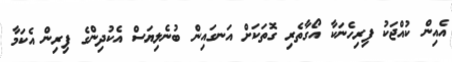
އެއިން ކުއްޖަކު ފިރިހެނަކާ އޯގާތެރި ގޮތަކަށް އަނގައިން ބުނެލިޔަސް އެކުދިންގެ ފިރިން އެކަމާ